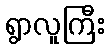
ရွာလူကြီး